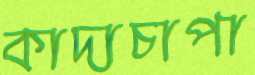
কাদাচাপা